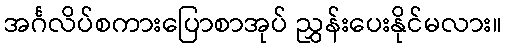
အင်္ဂလိပ်စကားပြောစာအုပ် ညွှန်းပေးနိုင်မလား။